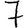
Digit: 7